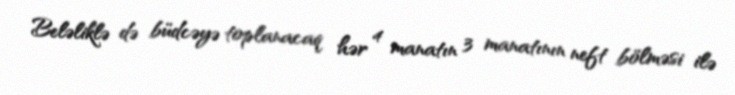
Beləliklə də büdcəyə toplanacaq hər 4 manatın 3 manatının neft bölməsi ilə